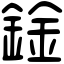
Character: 鍂